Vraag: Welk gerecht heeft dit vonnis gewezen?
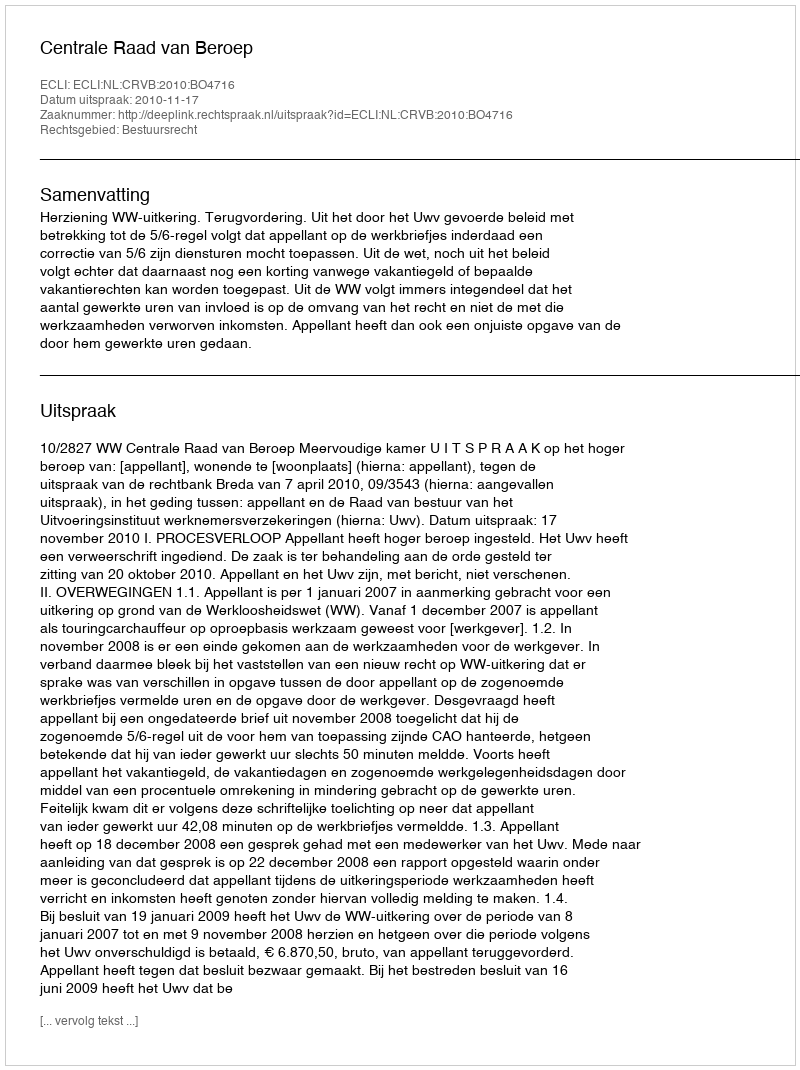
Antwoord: Centrale Raad van Beroep